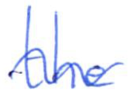
Text: the
Cross-out: wave
Writing tool: ballpoint